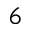
^ 6